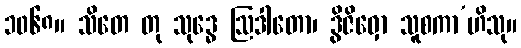
၁၀၆၈။ သိတေ တု သုဒ္ဓေ ဩဒါတော၊ ဒွိဇိဝှော သူစကာ’ဟိသု။